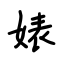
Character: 婊